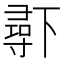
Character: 𱍧